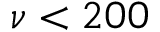
\nu < 2 0 0